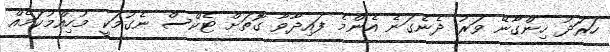
ހަރަދު ހިންގާނޭ ވަރު ދެނެގަނެ އެންމެ ފައިދާވާ ގޮތަށް ޓެކްސް ނެގުމަކީ މުހިއްމުކަމެއް